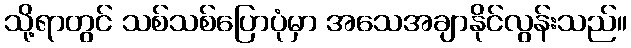
သို့ရာတွင် သစ်သစ်ပြောပုံမှာ အသေအချာနိုင်လွန်းသည်။